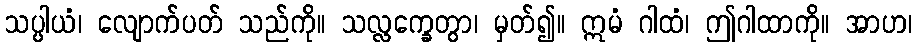
သပ္ပါယံ၊ လျောက်ပတ် သည်ကို။ သလ္လက္ခေတွာ၊ မှတ်၍။ ဣမံ ဂါထံ၊ ဤဂါထာကို။ အာဟ၊